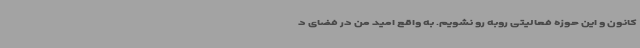
کانون و این حوزه فعالیتی روبه رو نشویم. به واقع امید من در فضای د